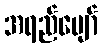
အရည်ပျော်